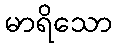
မာရိသော